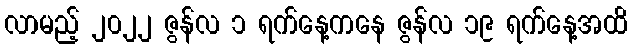
လာမည့် ၂၀၂၂ ဇွန်လ ၁ ရက်နေ့ကနေ ဇွန်လ ၁၉ ရက်နေ့အထိ